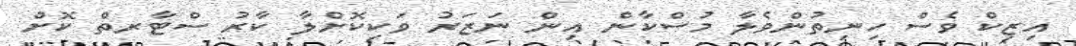
އިޒިކް ވެސް ހިނިތުންވެލާ މުސްކާން އިން ނަޒަރު ވަކިކޮށްލާ ކާރު ސްޓާރތް ކޮށް